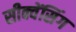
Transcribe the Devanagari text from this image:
सीक्वेंसिंग